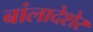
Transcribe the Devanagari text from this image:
बांलादेशेर